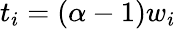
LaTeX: t_{i}=(\alpha-1)w_{i}